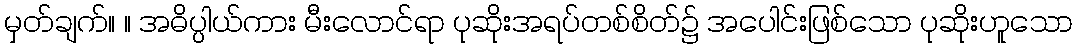
မှတ်ချက်။ ။ အဓိပ္ပါယ်ကား မီးလောင်ရာ ပုဆိုးအရပ်တစ်စိတ်၌ အပေါင်းဖြစ်သော ပုဆိုးဟူသော